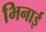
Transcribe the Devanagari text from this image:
भिनाई